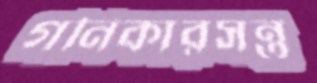
গনিকারসন্ত্